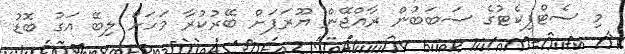
މި ސެޓްފިކެޓުގެ ސަބަބުން ރާއްޖޭން ޔޫރަޕަށް ބޭރުކުރާ މަހަށް ލިބޭ އަގު ބޮޑު